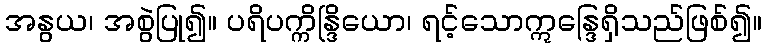
အနွယ၊ အစွဲပြု၍။ ပရိပက္ကိန္ဒြိယော၊ ရင့်သောဣန္ဒြေရှိသည်ဖြစ်၍။